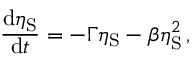
\frac { \mathrm { d } \eta _ { \mathrm { S } } } { \mathrm { d } t } = - \Gamma \eta _ { \mathrm { S } } - \beta \eta _ { \mathrm { S } } ^ { 2 } \, ,